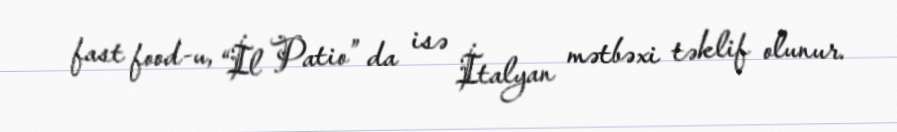
fast food-u, “İl Patio” da isə İtalyan mətbəxi təklif olunur.